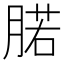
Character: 𰮷